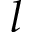
l